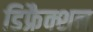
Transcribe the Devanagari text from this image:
डिफ्रैक्शन